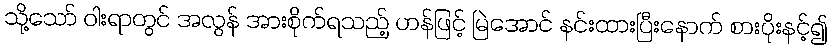
သို့သော် ဝါးရာတွင် အလွန် အားစိုက်ရသည့် ဟန်ဖြင့် မြဲအောင် နင်းထားပြီးနောက် စားပိုးနင့်၍